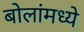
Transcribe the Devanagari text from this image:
बोलांमध्ये